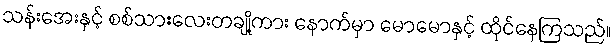
သန်းအေးနှင့် စစ်သားလေးတချို့ကား နောက်မှာ မောမောနှင့် ထိုင်နေကြသည်။